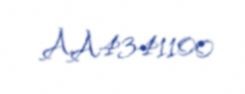
AA4341100